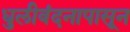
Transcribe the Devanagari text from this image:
धुलीवंदनापासून